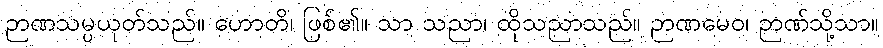
ဉာဏသမ္ပယုတ်သည်။ ဟောတိ၊ ဖြစ်၏။ သာ သညာ၊ ထိုသညာသည်။ ဉာဏမေဝ၊ ဉာဏ်သို့သာ။